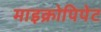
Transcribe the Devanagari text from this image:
माइक्रोपिपेट